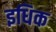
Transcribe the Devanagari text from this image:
इधिक